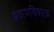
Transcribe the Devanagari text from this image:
घेवाणविषयक